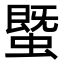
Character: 𧐆